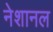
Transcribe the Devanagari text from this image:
नेशानल